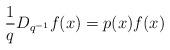
LaTeX: \begin{align*} \frac{1}{q} D_{q^{-1}} f(x) = p(x) f(x)\end{align*}